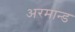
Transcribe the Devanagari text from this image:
अरमान्ड